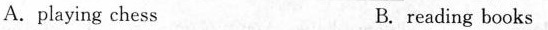
A.playing chess B. reading books